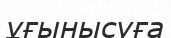
ұғынысуға